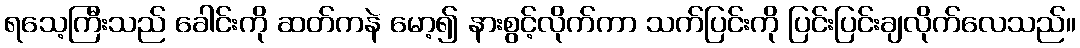
ရသေ့ကြီးသည် ခေါင်းကို ဆတ်ကနဲ မော့၍ နားစွင့်လိုက်ကာ သက်ပြင်းကို ပြင်းပြင်းချလိုက်လေသည်။